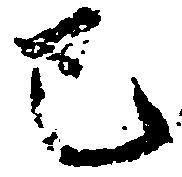
巳